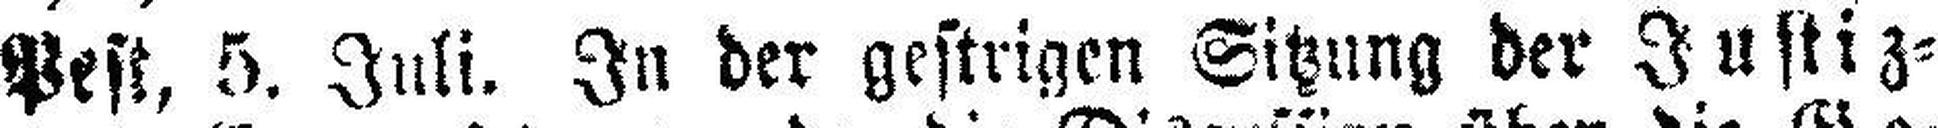
Pest, 5. Juli. In der gestrigen Sitzung der Justiz¬